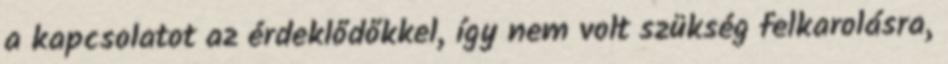
a kapcsolatot az érdeklődőkkel, így nem volt szükség felkarolásra,